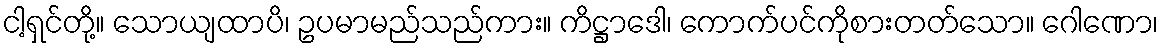
ငါ့ရှင်တို့။ သောယျထာပိ၊ ဥပမာမည်သည်ကား။ ကိဋ္ဌာဒေါ၊ ကောက်ပင်ကိုစားတတ်သော။ ဂေါဏော၊